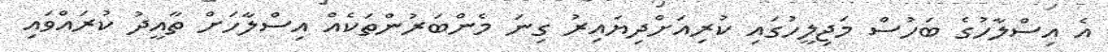
އެ އިސްލާހުގެ ބަހުސް މަޖިލީހުގައި ކުރިއަށްދިޔައިރު ގިނަ މެންބަރުންތަކެއް އިސްލާހަށް ތާއީދު ކުރައްވައި